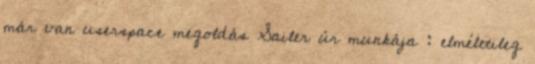
már van userspace megoldás Sailer úr munkája : elméletileg